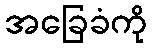
အခြေခံကို